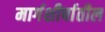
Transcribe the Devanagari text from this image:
मार्गशीर्षातील